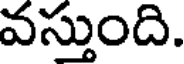
వస్తుంది.